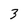
Character: 3